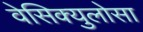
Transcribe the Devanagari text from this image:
वेसिक्युलोसा